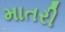
માતરી